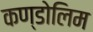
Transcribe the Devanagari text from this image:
कण्डोलिम